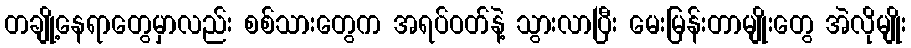
တချို့နေရာတွေမှာလည်း စစ်သားတွေက အရပ်ဝတ်နဲ့ သွားလာပြီး မေးမြန်းတာမျိုးတွေ အဲလိုမျိုး